Report of the Indian Hemp Drugs Commission, 1894-1895 - Volume VI
Year: 1894
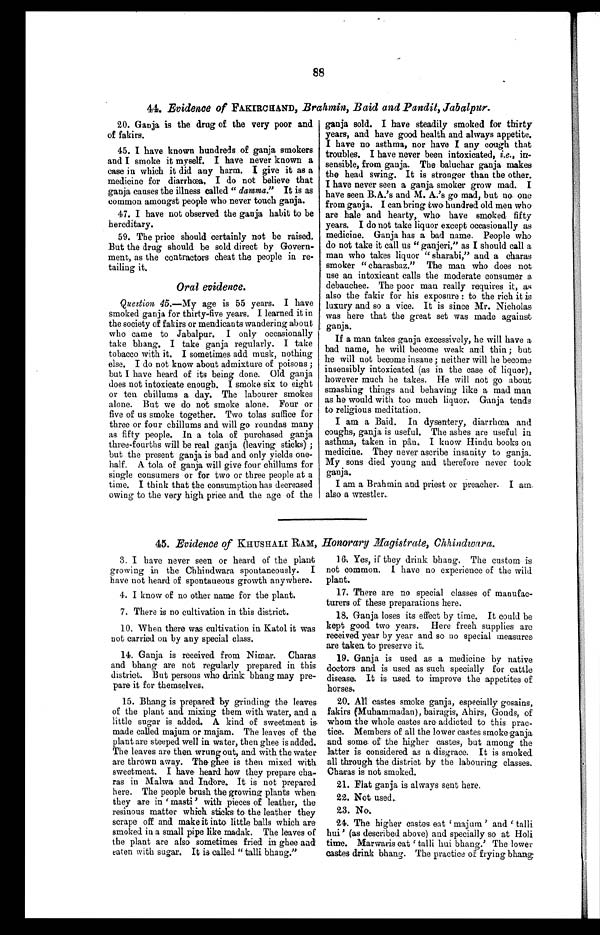
88
44. Evidence of FAKIRCHAND, Brahmin, Baid and Pandit, Jabalpur.
20. Ganja is the drug of the very poor and
of fakirs.
45. I have known hundreds of ganja smokers
and I smoke it myself. I have never known a
case in which it did any harm. I give it as a
medicine for diarrh&oelig;a. I do not believe that
ganja causes the illness called " damma." It is as
common amongst people who never touch ganja.
47. I have not observed the ganja habit to be
hereditary.
59. The price should certainly not be raised.
But the drug should be sold direct by Govern-
ment, as the contractors cheat the people in re-
tailing it.
Oral evidence.
Question 45.—My age is 55 years. I have
smoked ganja for thirty-five years. I learned it in
the society of fakirs or mendicants wandering about
who came to Jabalpur. I only occasionally
take bhang. I take ganja regularly. I take
tobacco with it. I sometimes add musk, nothing
else. I do not know about admixture of poisons ;
but I have heard of its being done. Old ganja
does not intoxicate enough. I smoke six to eight
or ten chillums a day. The labourer smokes
alone. But we do not smoke alone. Four or
five of us smoke together. Two tolas suffice for
three or four chillums and will go roundas many
as fifty people. In a tola of purchased ganja
three-fourths will be real ganja (leaving sticks) ;
but the present ganja is bad and only yields one-
half. A tola of ganja will give four chillums for
single consumers or for two or three people at a
time. I think that the consumption has decreased
owing to the very high price and, the age of the
ganja sold. I have steadily smoked for thirty
years, and have good health and always appetite.
I have no asthma, nor have I any cough that
troubles. I have never been intoxicated, i.e. , in-
sensible, from ganja. The baluchar ganja makes
the head swing. It is stronger than the other.
I have never seen a ganja smoker grow mad. I
have seen B.A.'s and M. A.'s go mad, but no one
from ganja. I can bring two hundred old men who
are hale and hearty, who have smoked fifty
years. I do not take liquor except occasionally as
medicine. Ganja has a bad name. People who
do not take it call us " ganjeri," as I should call a
man who takes liquor " sharabi," and a charas
smoker " charasbaz." The man who does not
use an intoxicant calls the moderate consumer a
debauchee. The poor man really requires it, as
also the fakir for his exposure : to the rich it is
luxury and so a vice. It is since Mr. Nicholas
was here that the great set was made against
ganja.
If a man takes ganja excessively, he will have a
bad name, he will become weak and thin ; but
he will not become insane; neither will he become
insensibly intoxicated (as in the case of liquor),
however much he takes. He will not go about
smashing things and behaving like a mad man
as he would with too much liquor. Granja tends
to religious meditation.
I am a Baid. In dysentery, diarrh&oelig;a and
coughs, ganja is useful. The ashes are useful in
asthma, taken in pân. I know Hindu books on
medicine. They never ascribe insanity to ganja.
My sons died young and therefore never took
ganja.
I am a Brahmin and priest or preacher. I am
also a wrestler.
45. Evidence of KHUSHALI RAM , Honorary Magistrate, Chhindwara.
3. I have never seen or heard of the plant
growing in the Chhindwara spontaneously. I
have not heard of spontaneous growth anywhere.
4. I know of no other name for the plant.
7. There is no cultivation in this district.
10. When there was cultivation in Katol it was
not carried on by any special class.
14. Ganja is received from Nimar. Charas
and bhang are not regularly prepared in this
district. But persons who drink bhang may pre-
pare it for themselves.
15. Bhang is prepared by grinding the leaves
of the plant and mixing them with water, and a
little sugar is added. A kind of sweetmeat is
made called majum or majam. The leaves of the
plant are steeped well in water, then ghee is added.
The leaves are then wrung out, and with the water
are thrown away. The ghee is then mixed with
sweetmeat. I have heard how they prepare cha-
ras in Malwa and Indore. It is not prepared
here. The people brush the growing plants when
they are in 'masti ' with pieces of leather, the
resinous matter which sticks to the leather they
scrape off and make it into little balls which are
smoked in a small pipe like madak. The leaves of
the plant are also sometimes fried in ghee and
eaten with sugar. It is called " talli bhang."
16. Yes, if they drink bhang. The custom is
not common. I have no experience of the wild
plant.
17. There are no special classes of manufac-
turers of these preparations here.
18. Ganja loses its effect by time. It could be
kept good two years. Here freeh supplies are
received year by year and so no special measures
are taken to preserve it.
19. Ganja is used as a medicine by native
doctors and is used as such specially for cattle
disease. It is used to improve the appetites of
horses.
20. All castes smoke ganja, especially gosains,
fakirs Muhammadan), bairagis, Ahirs, Gonds, of
whom the whole castes are addicted to this prac-
tice. Members of all the lower castes smoke ganja
and some of the higher castes, but among the
latter is considered as a disgrace. It is smoked
all through the district by the labouring classes.
Charas is not smoked.
21. Flat ganja is always sent here.
22. Not used.
23. No.
24. The higher castes eat 'majum' and 'talli
hui' (as described above) and specially so at Holi
time. Marwaris eat ' talli hui bhang.' The lower
castes drink bhang. The practice of frying bhang